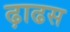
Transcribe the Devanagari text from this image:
ढ़ाढस